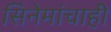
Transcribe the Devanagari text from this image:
सिनेमांचाही